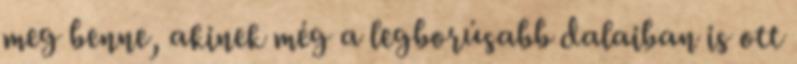
meg benne, akinek még a legborúsabb dalaiban is ott